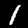
Digit: 1